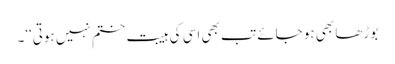
بوڑھا بھی ہو جائے تب بھی اسی کی ہیبت ختم نہیں ہوتی‘‘۔